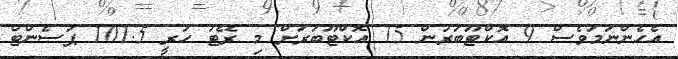
އެހެންނަމަވެސް 9 އޮކްޓޫބަރުން 15 އޮކްޓޫބަރަށް މި ރޭޓު ހުރީ 101.5 ޕަސެންޓް